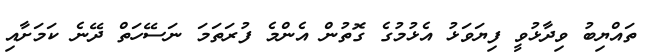
ތައްޔިބު ވިދާޅުވީ ފިޔަވަޅު އެޅުމުގެ ގޮތުން އެންމެ ފުރަތަމަ ނަސޭހަތް ދޭނެ ކަމަށާއި